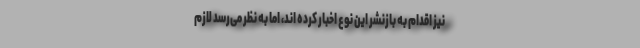
نیز اقدام به بازنشر این نوع اخبار کرده اند، اما به نظر می‌رسد لازم